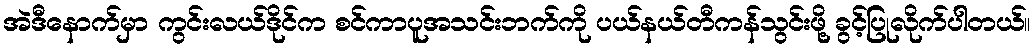
အဲဒီနောက်မှာ ကွင်းလယ်ဒိုင်က စင်ကာပူအသင်းဘက်ကို ပယ်နယ်တီကန်သွင်းဖို့ ခွင့်ပြုလိုက်ပါတယ်။